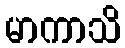
မာကာသိ